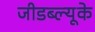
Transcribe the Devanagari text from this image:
जीडब्ल्यूके